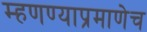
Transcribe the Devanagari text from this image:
म्हणण्याप्रमाणेच